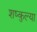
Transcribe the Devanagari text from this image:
शष्कुल्या